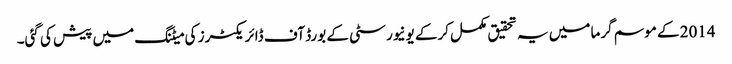
2014 کے موسم گرما میں یہ تحقیق مکمل کرکے یونیورسٹی کے بورڈ آف ڈائریکٹرز کی میٹنگ میں پیش کی گئی۔